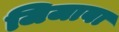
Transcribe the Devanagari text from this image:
जिजाबा